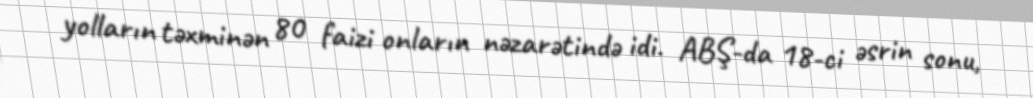
yolların təxminən 80 faizi onların nəzarətində idi. ABŞ-da 18-ci əsrin sonu,